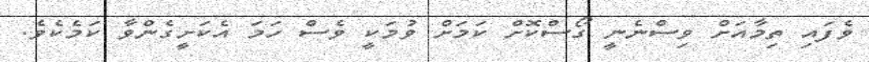
ވެފައި ތިމާއަށް ވިސްނެނީ ގޯސްކޮށް ކަމަށް ވުމަކީ ވެސް ހަމަ އެކަށީގެންވާ ކަމެކެވެ.